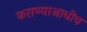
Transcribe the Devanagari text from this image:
कराण्याआधीच